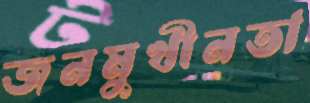
জনমুখীনতা